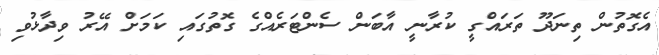
އެގޮތުން ތިނަދޫ ތަރައްގީ ކުރާނީ އާބަން ސެންޓަރެއްގެ ގޮތުގައި ކަމަށް އޭރު ވިދާޅުވި